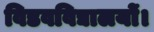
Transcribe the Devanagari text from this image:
विडवविद्यालयों।